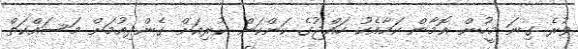
ވުރެ ގިނަ މީހުން އޮމާން ކަމާއެކު ހައްޖުގެ ކަންކަން ކުރިއަށް ގެންދިއުމަށް މަސައްކަތް